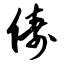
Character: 俦